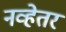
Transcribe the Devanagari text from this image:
नव्हेतर